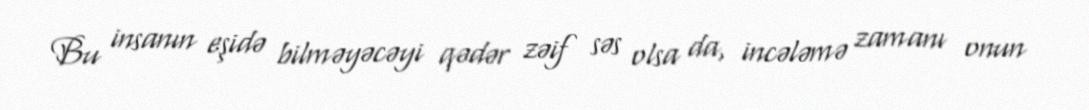
Bu insanın eşidə bilməyəcəyi qədər zəif səs olsa da, incələmə zamanı onun